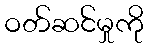
ဝတ်ဆင်မှုကို